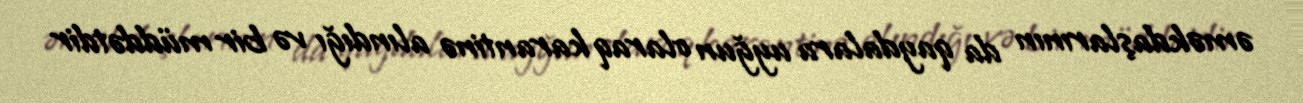
əməkdaşlarının da qaydalara uyğun olaraq karantinə alındığı və bir müddətdir